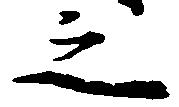
之